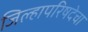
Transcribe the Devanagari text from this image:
जिल्हापरिषदेचा